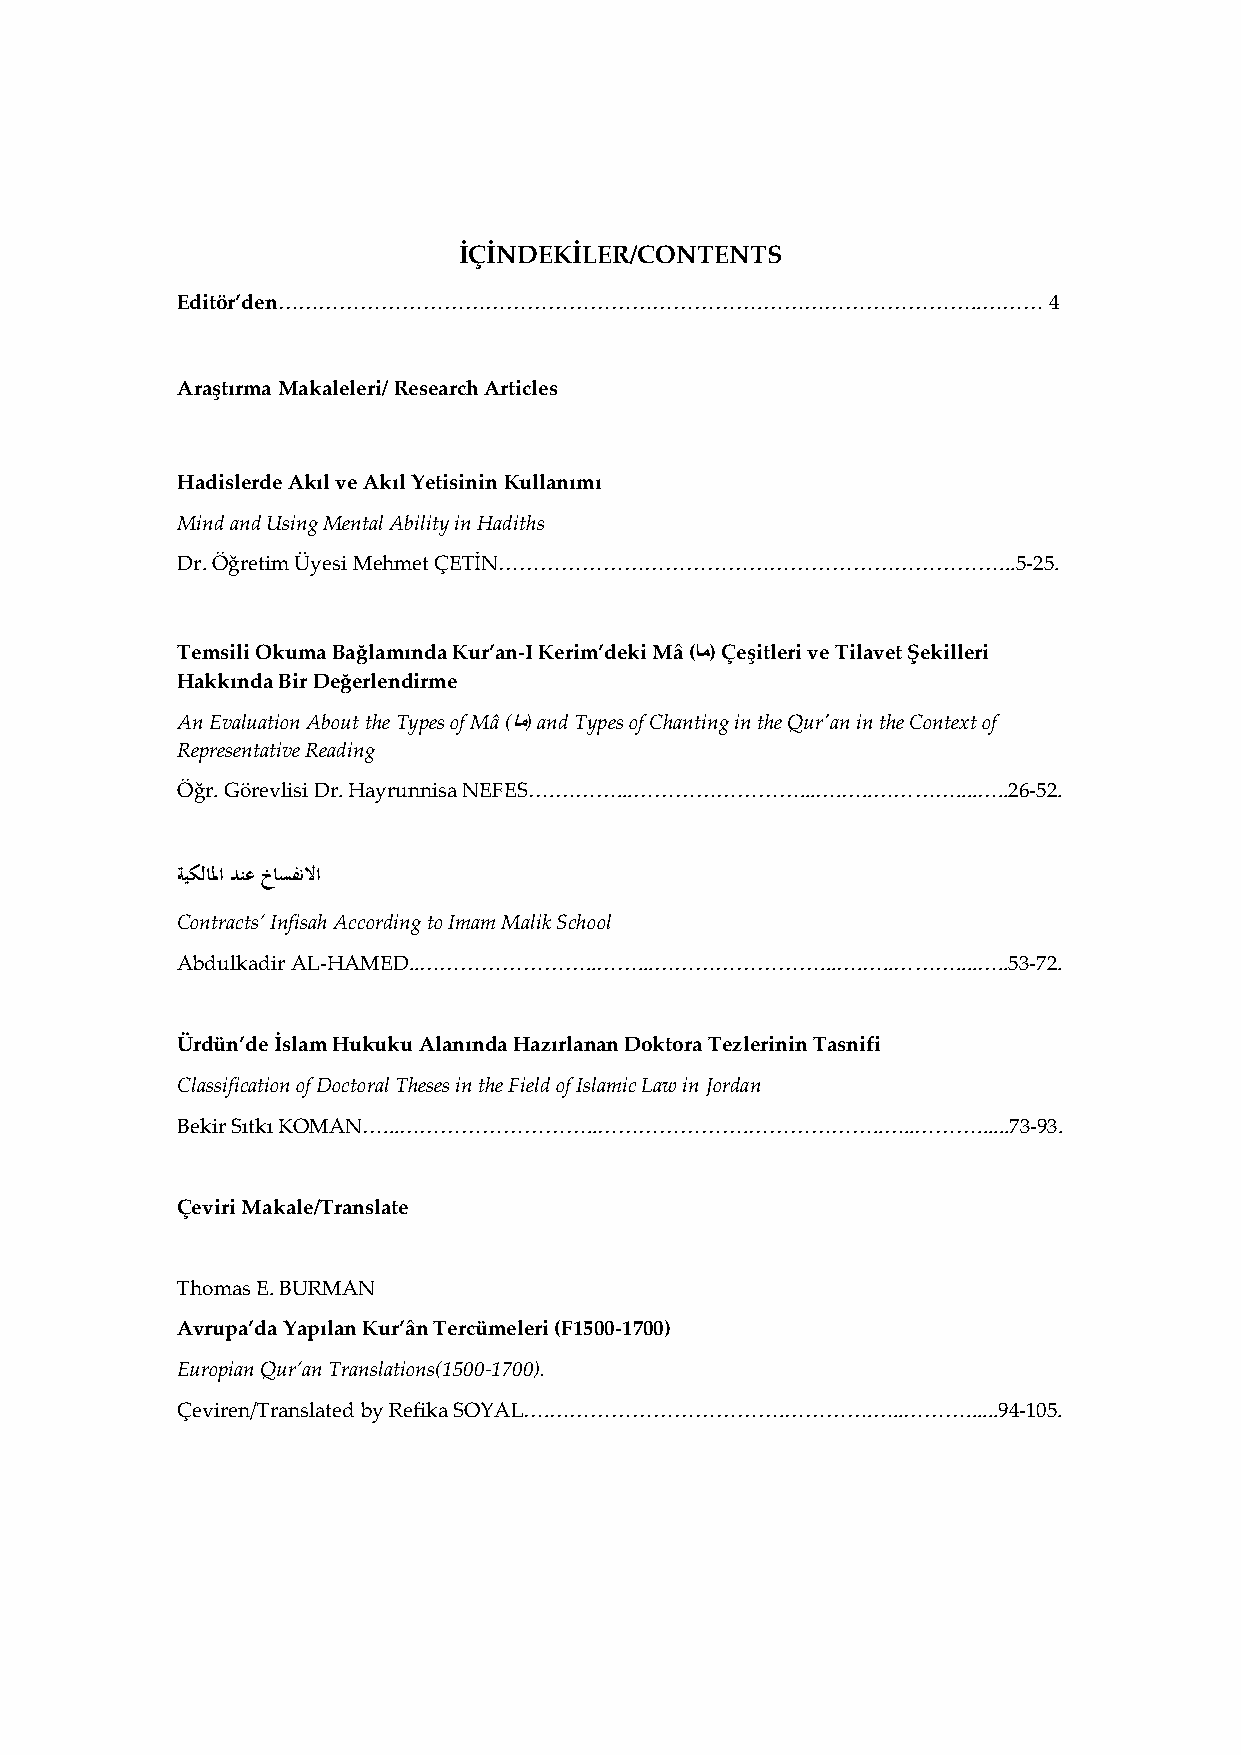
İÇİNDEKİLER/CONTENTS
 Editör’den…………………………………………………………….…………………………..………        4
 Araştırma Makaleleri/ Research Articles
 Hadislerde Akıl ve Akıl Yetisinin Kullanımı
 Mind and Using Mental Ability in Hadiths
 Dr. Öğretim Üyesi Mehmet ÇETİN………………………………………………………………...5-25.
 Temsili Okuma Bağlamında Kur’an-I Kerim’deki Mâ (ام) Çeşitleri ve Tilavet Şekilleri
 Hakkında Bir Değerlendirme
 An Evaluation About the Types of Mâ (ام) and Types of Chanting in the Qur'an in the Context of
 Representative Reading
 Öğr. Görevlisi Dr. Hayrunnisa NEFES….………...……………………...….…..…………....…..26-52.
 ةيكلالما دنع خاسفنلاا
 Contracts’ Infisah According to Imam Malik School
 Abdulkadir AL-HAMED..……………………..……...……………………...….…..………....…..53-72.
 Ürdün’de İslam Hukuku Alanında Hazırlanan Doktora Tezlerinin Tasnifi
 Classification of Doctoral Theses in the Field of Islamic Law in Jordan
 Bekir Sıtkı KOMAN…...………………………..………………….………………..…..………......73-93.
 Çeviri Makale/Translate
 Thomas E. BURMAN
 Avrupa’da Yapılan Kur’ân Tercümeleri (F1500-1700)
 Europian Qur’an Translations(1500-1700).
 Çeviren/Translated by Refika SOYAL….…………………………….………….…..………......94-105.